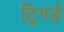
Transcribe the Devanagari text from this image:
ट्रिगर्ड